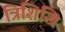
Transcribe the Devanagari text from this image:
त्रिशिखि